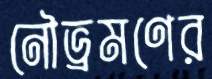
নৌভ্রমণের